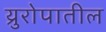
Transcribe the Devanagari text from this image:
य्रुरोपातील